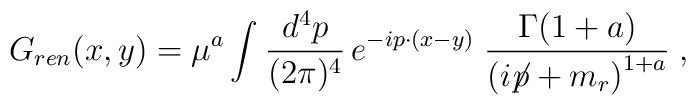
G_{ren}(x,y)=  \mu ^{a}  \int_{}^{}\frac{d^{4}p}{(2\pi)^{4}}\,  e^{-ip\cdot (x-y)}\;  \frac{\Gamma (1+a)}{\left(i\!\!\not\!p + m_{r}\right)^{1+a}} \; ,